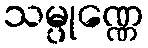
သမ္ပုဏ္ဏေ